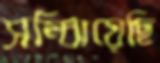
সম্‌ঝিয়েছি